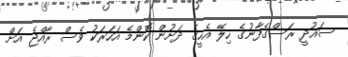
ސައުދީ ރަސްގެފާނުގެ ހިލޭ އެހީގެ ދަށުން ކޮންމެ އަހަރަކު ވެސް ރާއްޖެ އަށް